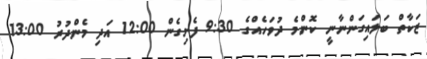
ޒަކާތް ބަލައިގަންނާނީ ކޮންމެ ދުވަހެއްގެ 9:30 ފެށިގެން 12:00 އަދި މެންދުރު 13:00